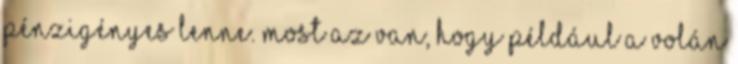
pénzigényes lenne. Most az van, hogy például a Volán